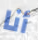
أنا